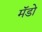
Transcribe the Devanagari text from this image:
मॅडो